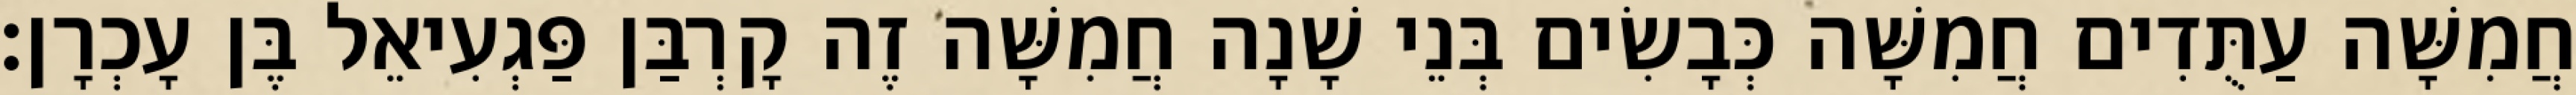
חֲמִשָּׁה עַתֻּדִים חֲמִשָּׁה כְּבָשִׂים בְּנֵי שָׁנָה חֲמִשָּׁה זֶה קָרְבַּן פַּגְעִיאֵל בֶּן עָכְרָן׃